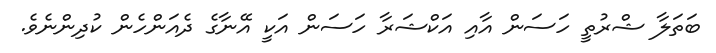
ބަތަލާ ޝްރުތީ ހަސަން އާއި އަކްޝަރާ ހަސަން އަކީ އޭނާގެ ދެއަންހެން ކުދިންނެވެ.